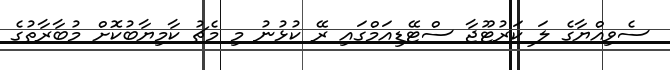
ސެވިއްޔާގެ ލަ ކަރުޓޫޖާ ސްޓޭޑިއަމްގައި ރޭ ކުޅުނު މި މެޗު ކާމިޔާބުކޮށް މުބާރާތުގެ